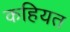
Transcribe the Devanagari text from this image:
कहियत